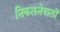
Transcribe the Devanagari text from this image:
निकलनेवालों